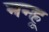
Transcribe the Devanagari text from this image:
नन्हू